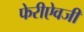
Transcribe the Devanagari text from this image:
फेरीऐवजी